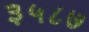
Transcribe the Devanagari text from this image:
३५८७